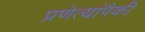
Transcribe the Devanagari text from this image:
प्रणेत्यांपैकी